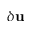
\delta { \mathbf u }